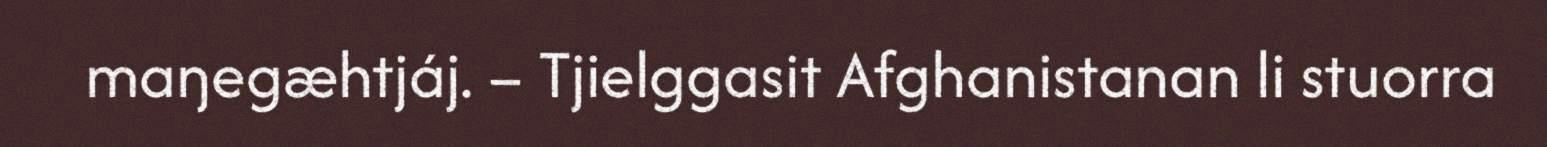
maŋegæhtjáj. – Tjielggasit Afghanistanan li stuorra